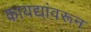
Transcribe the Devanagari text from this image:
कायद्यांवरून